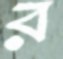
র